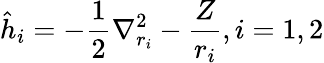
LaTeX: {\hat{h}}_{i}=-{\frac{1}{2}}\nabla_{r_{i}}^{2}-{\frac{Z}{r_{i}}},i=1,2